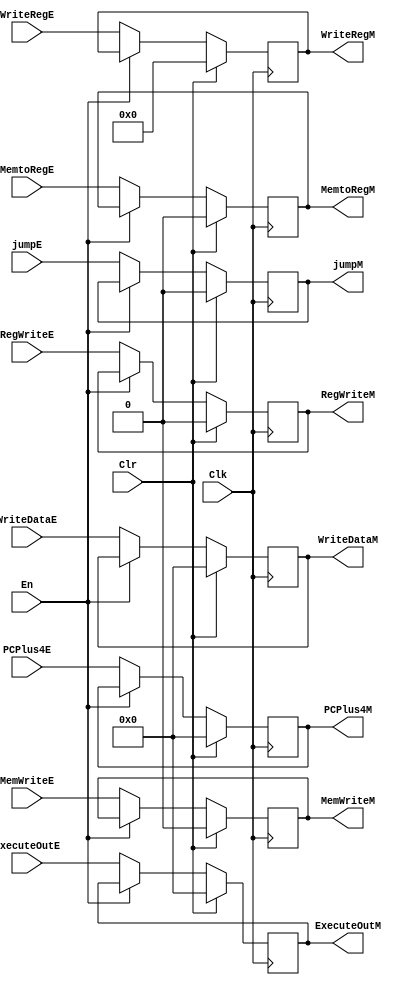
// pipeline register between execute and memory
module EMReg
(
    // control signals to forward
    input RegWriteE,
    output reg RegWriteM,
    input MemtoRegE,
    output reg MemtoRegM,
    input MemWriteE,
    output reg MemWriteM,

    // datapath signals to forward
    input [31:0] ExecuteOutE, // ALU/Mult Result from execute stage
    output reg [31:0] ExecuteOutM, // ALU/Mult Result to memory stage
    input [31:0] WriteDataE, // data to write to from execute stage (sw)
    output reg [31:0] WriteDataM, // data to write to memory stage (sw)
    input [4:0] WriteRegE, // destination reg from execute stage
    output reg [4:0] WriteRegM, // destination register to memory stage

    input jumpE,
    output reg jumpM,
    input [31:0] PCPlus4E,
    output reg [31:0] PCPlus4M,

    input En, // enable
    input Clk, // clock
    input Clr // clear
);

always @(posedge Clk)
begin
    if(Clr)
    begin
	RegWriteM <= 0;
	MemtoRegM <= 0;
	MemWriteM <= 0;
        ExecuteOutM <= 32'h0;
        WriteDataM <= 32'h0;
        WriteRegM <= 5'h0;
	jumpM <= 0;
	PCPlus4M <= 32'h0;
    end
    else if(~En)
    begin
        RegWriteM <= RegWriteE;
        MemtoRegM <= MemtoRegE;
        MemWriteM <= MemWriteE;

        jumpM <= jumpE;
        PCPlus4M <= PCPlus4E;

        // get the next input on the rising clock edge
        ExecuteOutM <= ExecuteOutE;
        WriteDataM <= WriteDataE;
        WriteRegM <= WriteRegE;
    end
end
endmodule